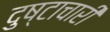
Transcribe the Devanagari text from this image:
दुष्टाचारी